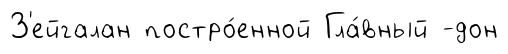
З'ейгалан постро́енной Гла́вный -дон